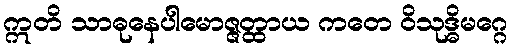
ဣတိ သာဓုနေပါမောဇ္ဇတ္ထာယ ကတေ ဝိသုဒ္ဓိမဂ္ဂေ